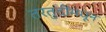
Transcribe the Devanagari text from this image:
तरतुदींमधून